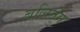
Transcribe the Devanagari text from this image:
बलितुंग